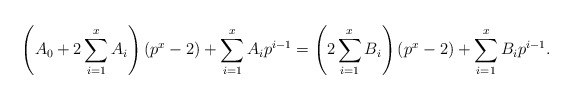
\begin{align*}\left(A_0 + 2 \sum_{i=1}^x A_i\right) (p^x-2) + \sum_{i=1}^x A_i p^{i-1} = \left(2 \sum_{i=1}^x B_i\right) (p^x-2) + \sum_{i=1}^x B_i p^{i-1}.\end{align*}